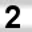
Digit: 2